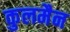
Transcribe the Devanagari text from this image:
कुलमैन